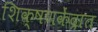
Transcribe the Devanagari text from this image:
शिक्षणकेंद्रात